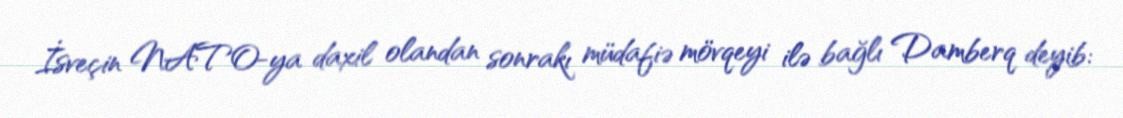
İsveçin NATO-ya daxil olandan sonrakı müdafiə mövqeyi ilə bağlı Damberq deyib: